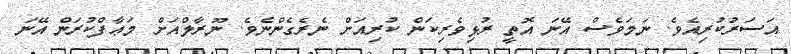
އަސަރުކުރިއެވެ. ނަމަވެސް އޭނަ އޮތީ ރުޅިވެރިކަން ކުރިއަށް ނެރެގެންނެވެ. ނޫރާލްއަށް މަޢާފްކުރަން އޭނަ